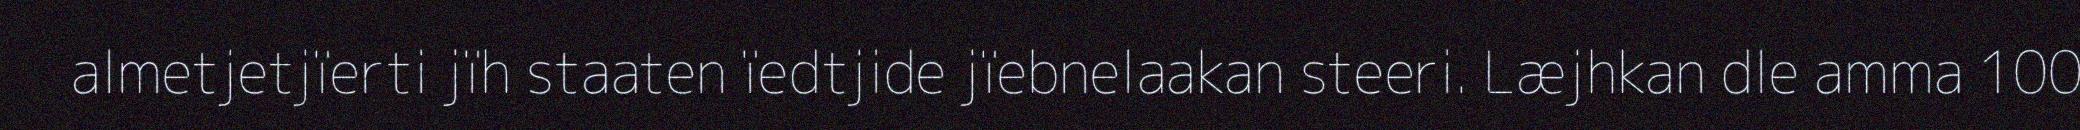
almetjetjïerti jïh staaten ïedtjide jïebnelaakan steeri. Læjhkan dle amma 100